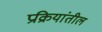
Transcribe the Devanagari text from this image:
प्रक्रियांतील